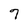
Character: 7